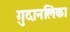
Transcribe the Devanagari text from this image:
गुदानलिका